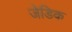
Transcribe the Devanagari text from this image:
जेडिक